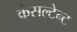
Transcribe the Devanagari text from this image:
कंसल्टेन्ट